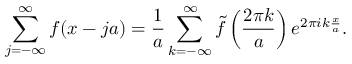
\sum _ { j = - \infty } ^ { \infty } f ( x - j a ) = \frac { 1 } { a } \sum _ { k = - \infty } ^ { \infty } \tilde { f } \left( \frac { 2 \pi k } { a } \right) e ^ { 2 \pi i k \frac { x } { a } } .